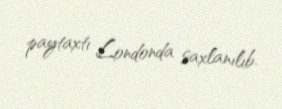
paytaxtı Londonda saxlanılıb.